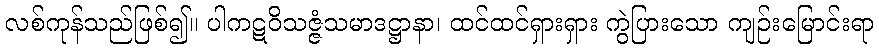
လစ်ကုန်သည်ဖြစ်၍။ ပါကဋဝိသဇ္ဇံသမာဒဋ္ဌာနာ၊ ထင်ထင်ရှားရှား ကွဲပြားသော ကျဉ်းမြောင်းရာ